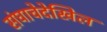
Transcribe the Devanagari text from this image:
संघाचेदेखिल